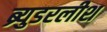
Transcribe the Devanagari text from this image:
ब्र्युडरलीश